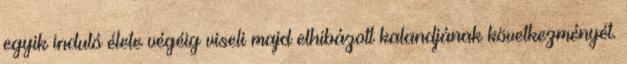
egyik induló élete végéig viseli majd elhibázott kalandjának következményét.